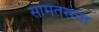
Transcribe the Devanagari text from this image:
सामंतसत्ता